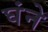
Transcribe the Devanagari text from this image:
घंने